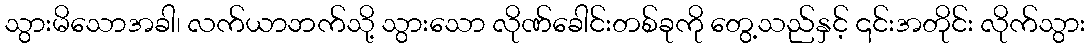
သွားမိသောအခါ၊ လက်ယာဘက်သို့ သွားသော လိုဏ်ခေါင်းတစ်ခုကို တွေ့သည်နှင့် ၎င်းအတိုင်း လိုက်သွား